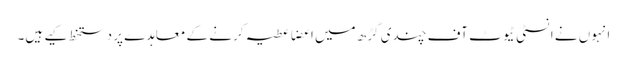
انہوں نے انسٹی ٹیوٹ آف چندی گڑھ میں اعضا عطیہ کرنے کے معاہدے پر دستخط کیے ہیں۔